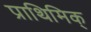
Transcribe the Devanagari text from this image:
प्राथिमिक्